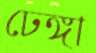
ঢেঙ্গা